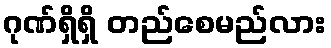
ဂုဏ်ရှိရှိ တည်စေမည်လား